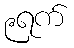
၉ရက်